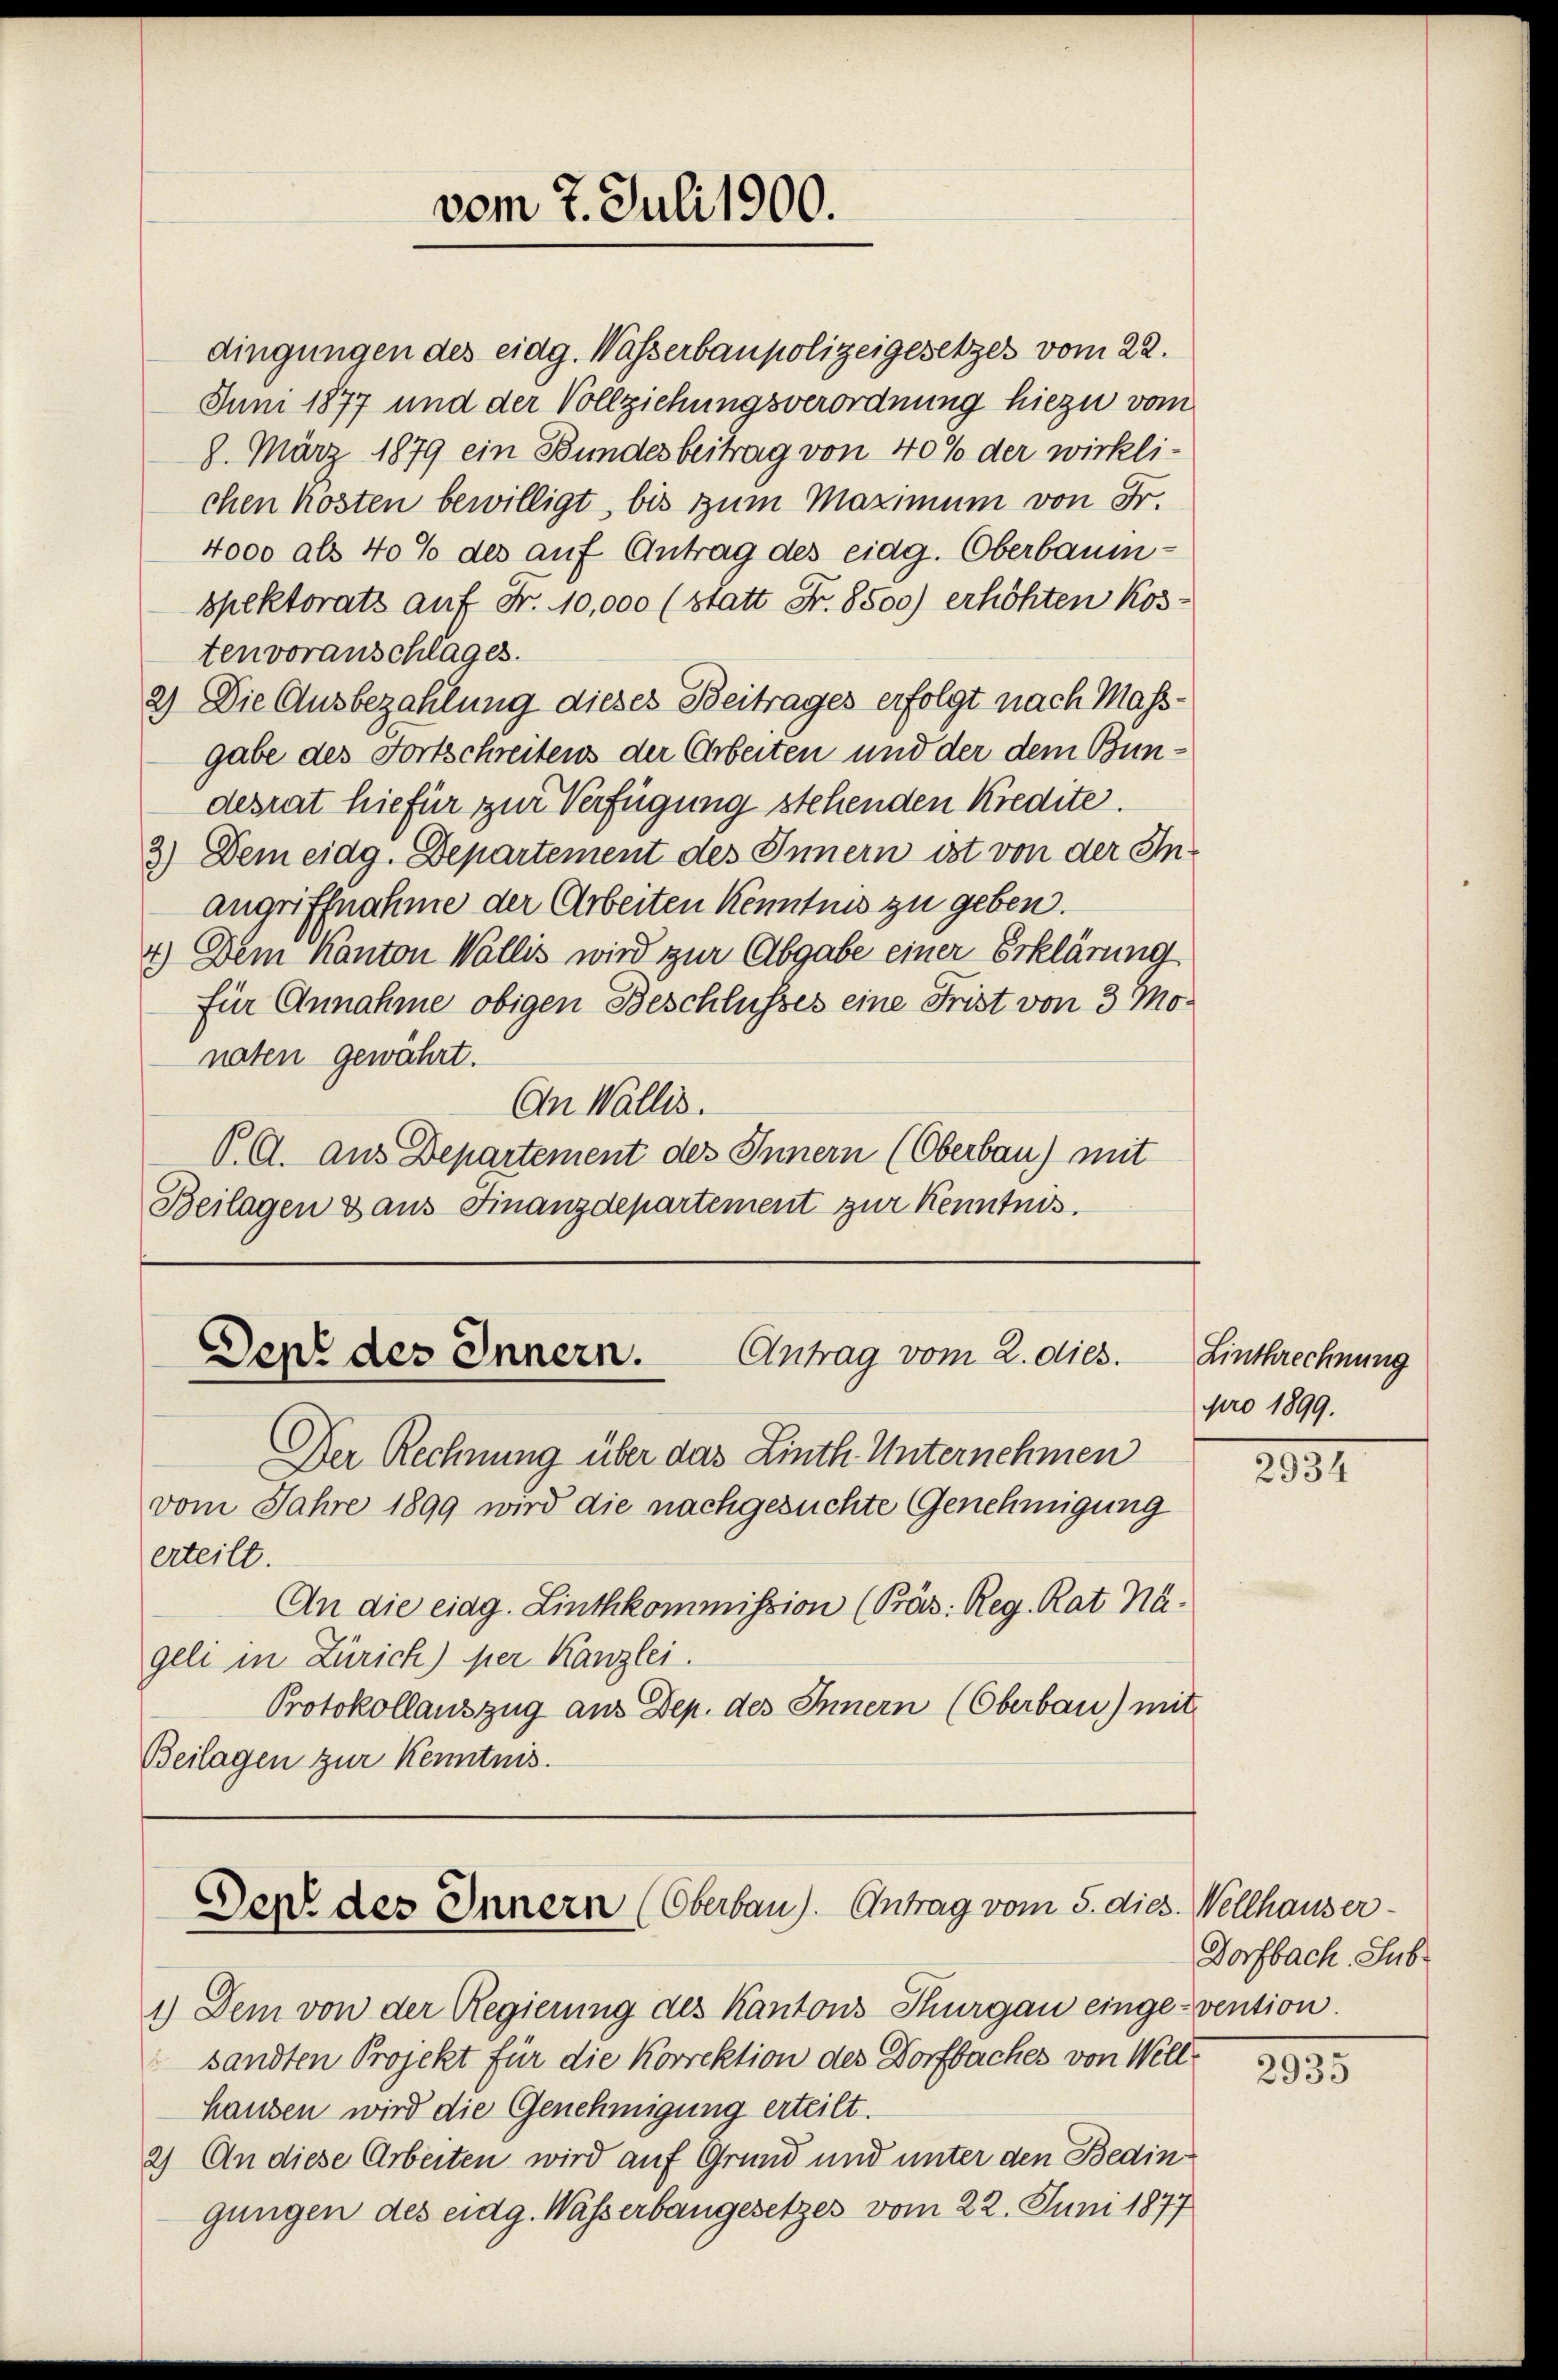
vom 2. Juli 1900.

dingungen des eidg. Wasserbaupolizeigesetzes vom 22.
8. März 1879 ein Bundesbeitrag von 40% der wirklichen kosten bewilligt, bis zum Maximum von Fr.
4000 als 40% des auf Antrag des eidg. Oberbaumspektorats auf Fr. 10,000 (statt Fr. 8500) erhöhten Kos-
tenvoranschlages.
2) Die Ausbezahlung dieses Beitrages erfolgt nach Mass-
desrat hiefür zur Verfügung stehenden Kredite.
3.) Dem eidg. Departement des Innern ist von der Inangriffnahme der Arbeiten Kenntnis zu geben.
4.) Dem Kanton Wallis wird zur Abgabe einer Erklärung
für Annahme obigen Beschlusses eine Frist von 3 Monaten gewährt.
An Wallis.
P. G. aus Departement des Innern (Oberbau) mit
Beilagen & aus Finanzdepartement zur Kenntnis.

Antrag vom 2. dies.
Dept des Innern.

Der Rechnung über das Linth Unternehmen
vom Jahre 1899 wird die nachgesuchte Genehmigung
erteilt.
An die eidg. Linthkommission (Präs. Reg. Rat Nägeli in Zürich) per Kanzlei.
Protokollauszug aus Dep. des Innern (Oberbau) mit
Beilagen zur Kenntnis.

Juni 1877 und der Vollziehungsverordnung hiezu vom
gabe des Fortschreitens der Arbeiten und der dem Bun¬

Der des Innern (Oberbau. Antrag vom 5. dies

1.) Dem von der Regierung des Kantons Thurgau einge-vention.
sandten Projekt für die Korrektion des Dorfbaches von Wellhausen wird die Genehmigung erteilt.
2) An diese Arbeiten wird auf Grund und unter den Bedingungen des eidg. Wasserbaugesetzes vom 22. Juni 1877

Linthrechnung
pro 1899.

2131

Wellhauser
Dorfbach, Sub

2935